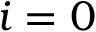
i = 0